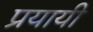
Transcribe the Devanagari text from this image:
प्रयायी